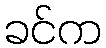
ခင်က